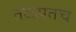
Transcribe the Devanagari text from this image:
तळपतच